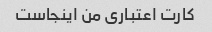
کارت اعتباری من اینجاست